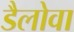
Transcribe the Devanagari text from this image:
डैलोवा